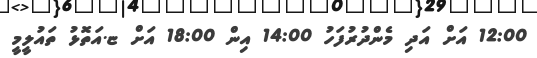
12:00 އަށް އަދި މެންދުރުފަހު 14:00 އިން 18:00 އަށް ޏ.އަތޮޅު ތައުލީމީ